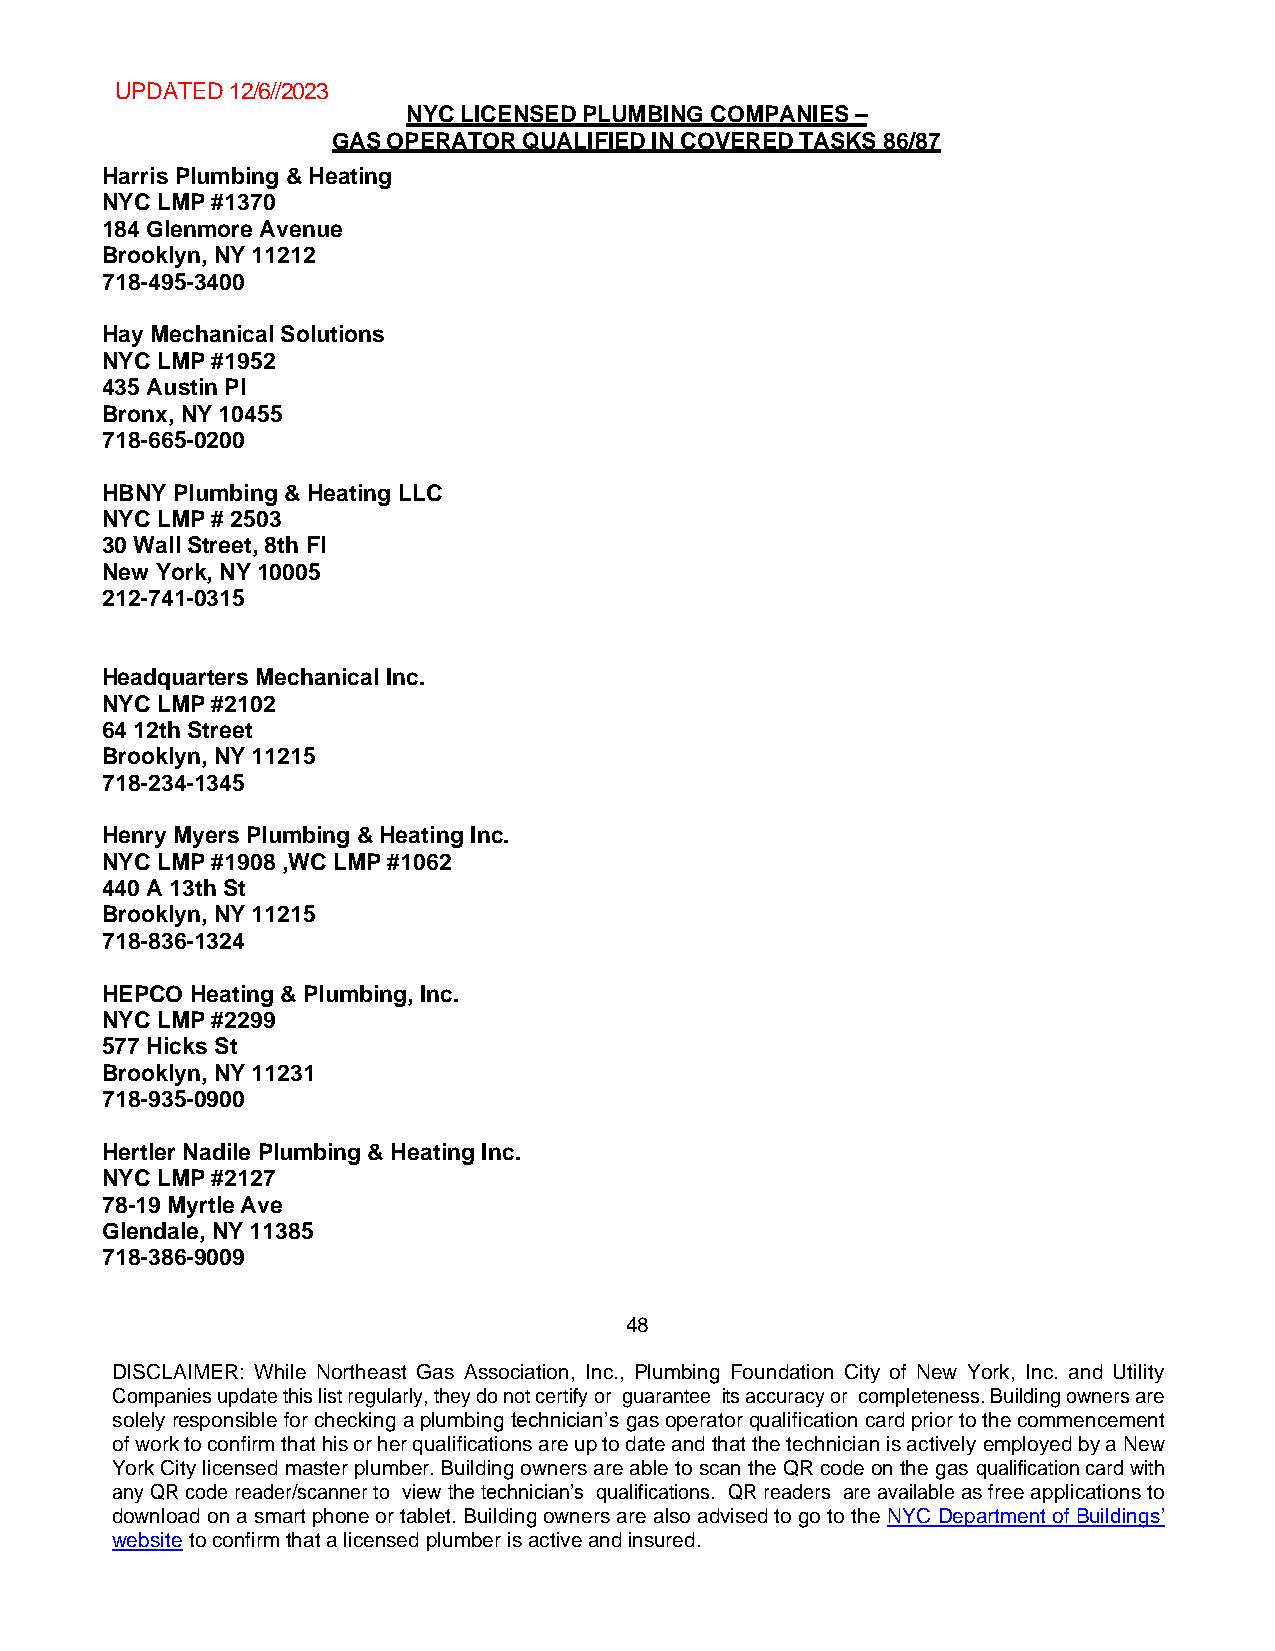
UPDATED 12/6//2023
 NYC LICENSED PLUMBING COMPANIES –
 GAS OPERATOR QUALIFIED IN COVERED TASKS 86/87
 Harris Plumbing & Heating
 NYC LMP #1370
 184 Glenmore Avenue
 Brooklyn, NY 11212
 718-495-3400
 Hay Mechanical Solutions
 NYC LMP #1952
 435 Austin Pl
 Bronx, NY 10455
 718-665-0200
 HBNY Plumbing & Heating LLC
 NYC LMP # 2503
 30 Wall Street, 8th Fl
 New York, NY 10005
 212-741-0315
 Headquarters Mechanical Inc.
 NYC LMP #2102
 64 12th Street
 Brooklyn, NY 11215
 718-234-1345
 Henry Myers Plumbing & Heating Inc.
 NYC LMP #1908 ,WC LMP #1062
 440 A 13th St
 Brooklyn, NY 11215
 718-836-1324
 HEPCO Heating & Plumbing, Inc.
 NYC LMP #2299
 577 Hicks St
 Brooklyn, NY 11231
 718-935-0900
 Hertler Nadile Plumbing & Heating Inc.
 NYC LMP #2127
 78-19 Myrtle Ave
 Glendale, NY 11385
 718-386-9009
 48
 DISCLAIMER: While Northeast Gas Association, Inc., Plumbing Foundation City of New York, Inc. and Utility
 Companies update this list regularly, they do not certify or guarantee its accuracy or completeness. Building owners are
 solely responsible for checking a plumbing technician’s gas operator qualification card prior to the commencement
 of work to confirm that his or her qualifications are up to date and that the technician is actively employed by a New
 York City licensed master plumber. Building owners are able to scan the QR code on the gas qualification card with
 any QR code reader/scanner to view the technician’s qualifications. QR readers are available as free applications to
 download on a smart phone or tablet. Building owners are also advised to go to the NYC Department of Buildings’
 website to confirm that a licensed plumber is active and insured.